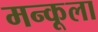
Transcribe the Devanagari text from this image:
मन्कूला